Lunatic asylums Bombay report 1891-1903 - 1891-1903
Year: 1891
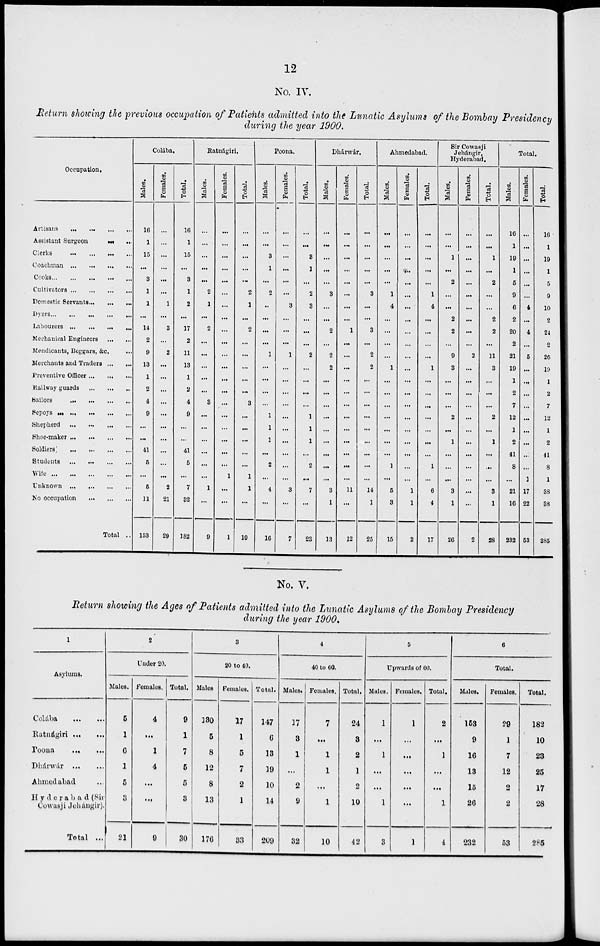
12
No. IV.
Return showing the previous occupation of Patients admitted into the Lunatic Asylums of the Bombay Presidency
during the year 1900.
Occupation.
Artisans
...
...
...
...
Assistant Surgeon
...
...
Clerks
...
...
...
...
Coachman
...
...
...
...
Cooks ... ... ... ...
Cultivators
...
...
...
...
Domestic Servants ... ... ...
Dyers
...
...
...
...
Labourers
...
...
...
...
Mechanical Engineers
...
...
Mendicants, Beggars, &c. ...
Merchants and Traders ... ...
Preventive Officer ... ... ...
Railway guards ... ... ...
Bailors
...
...
...
...
Sepoys ... ... ... ... ...
Shepherd
...
...
...
...
Shoe-maker
...
...
...
...
Soldiers
...
...
...
...
Students
...
...
...
...
Wife
...
...
...
...
Unknown
...
...
...
...
No occupation ... ... ...
Total ...
Colába.
Males.
16
1
15
...
3
1
1
...
14
2
9
13
1
2
4
9
...
...
41
5
...
5
11
153
Females.
...
...
...
...
...
...
1
...
3
...
2
...
...
...
...
...
...
...
...
...
...
2
21
29
Total.
16
1
15
...
3
1
2
...
17
2
11
13
1
2
4
9
...
...
41
5
...
7
32
182
Ratnágiri,
Males.
...
...
...
...
...
2
1
...
2
...
...
...
...
...
3
...
...
...
...
...
...
1
...
9
Females.
...
...
...
...
...
...
...
...
...
...
...
...
...
...
...
...
...
...
...
...
1
...
...
1
Total.
...
...
...
...
...
2
1
...
2
...
...
...
...
...
3
...
...
...
...
...
1
1
...
10
Poona.
Males.
...
...
3
1
...
2
...
...
...
...
1
...
...
...
...
1
1
1
...
2
...
4
...
16
Females.
...
...
...
...
...
...
3
...
...
...
1
...
...
...
...
...
...
...
...
...
...
3
...
7
Total.
...
...
3
1
...
2
3
...
...
...
2
...
...
...
...
1
1
1
...
2
...
7
...
23
Dhárwár.
Males.
...
...
...
...
...
3
...
...
2
...
2
2
...
...
...
...
...
...
...
...
...
3
1
13
Females.
...
...
...
...
...
...
...
...
1
...
...
...
...
...
...
...
...
...
...
...
...
11
...
12
Total.
...
...
...
...
...
3
...
...
3
...
2
2
...
...
...
...
...
...
...
...
...
14
1
25
Ahmedabad.
Males.
...
...
...
...
...
1
4
...
...
...
...
1
...
...
...
...
...
...
...
1
...
5
3
15
Females.
...
...
...
...
...
...
...
...
...
...
...
...
...
...
...
...
...
...
...
...
...
1
1
2
Total.
...
...
...
...
...
1
4
...
...
...
...
1
...
...
...
...
...
...
...
1
...
6
4
17
Sir Cowasji
Jehángir,
Hyderabad.
Males.
...
...
1
...
2
...
...
2
2
...
9
3
...
...
...
2
...
1
...
...
...
3
1
26
Females.
...
...
...
...
...
...
...
...
...
...
2
...
...
...
...
...
...
...
...
...
...
...
2
Total.
...
...
1
...
2
...
...
2
2
...
11
3
...
...
...
2
...
1
...
...
...
3
1
28
Total.
Males.
16
1
19
1
5
9
6
2
20
2
21
19
1
2
7
12
1
2
41
8
...
21
16
232
Females.
...
...
...
...
...
...
4
...
4
...
5
...
...
...
...
...
...
...
...
...
1
17
22
53
Total.
16
1
19
1
5
9
10
2
24
2
26
19
1
2
7
12
1
2
41
8
1
38
38
285
No. V.
Return showing the Ages of Patients admitted into the Lunatic Asylums of the Bombay Presidency
during the year 1900.
1
Asylums.
Colába
...
...
Ratnágiri ... ...
Poona
...
...
Dhánwár
...
...
Ahmedabad ...
Hyderabad (Sir
Cowasji Jehángir).
Total ...
2
Under 20.
Males.
5
1
6
1
5
3
21
Females.
4
...
1
4
...
...
9
Total.
9
1
7
5
5
3
30
3
20 to 40.
Males
130
5
8
12
8
13
176
Females.
17
1
5
7
2
1
33
Total.
147
6
13
19
10
14
209
4
40 to 60.
Males.
17
3
1
...
2
9
32
Females.
7
...
1
1
...
1
10
Total.
24
3
2
1
2
10
42
5
Upwards of 60.
Males.
1
...
1
...
...
1
3
Females.
1
...
...
...
...
...
1
Total.
2
...
1
...
...
1
4
6
Total.
Males.
153
9
16
13
15
26
232
Females.
29
1
7
12
2
2
53
Total.
182
10
23
25
17
28
285